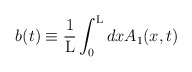
\begin{align*}b(t) \equiv \frac{1}{\rm L} \int_{0}^{\rm L} dxA_1(x,t)\end{align*}